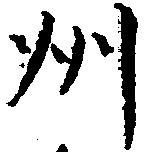
州